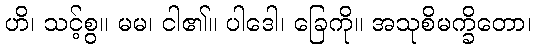
ဟိ၊ သင့်စွ။ မမ၊ ငါ၏။ ပါဒေါ၊ ခြေကို။ အသုစိမက္ခိတော၊